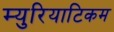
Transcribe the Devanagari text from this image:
म्युरियाटिकम